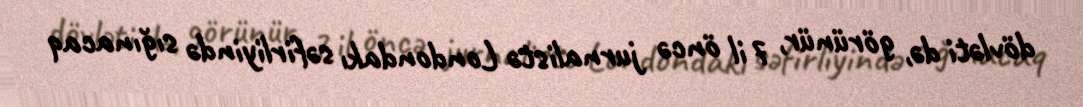
dövləti də, görünür, 7 il öncə jurnalistə Londondakı səfirliyində sığınacaq